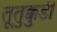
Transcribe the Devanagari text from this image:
तूतुक्कुडी